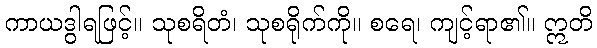
ကာယဒွါရဖြင့်။ သုစရိတံ၊ သုစရိုက်ကို။ စရေ၊ ကျင့်ရာ၏။ ဣတိ